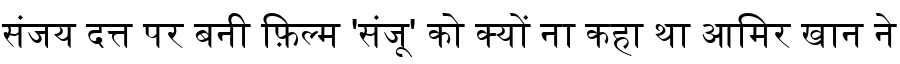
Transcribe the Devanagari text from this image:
संजय दत्त पर बनी फ़िल्म 'संजू' को क्यों ना कहा था आमिर खान ने